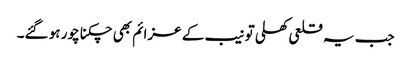
جب یہ قلعی کھلی تو نیب کے عزائم بھی چکنا چور ہو گئے۔